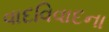
વાદવિવાદના